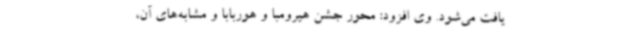
یافت می‌شود. وی افزود: محور جشن هیرومبا و هوربابا و مشابه‌های آن،